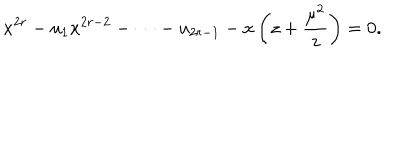
x ^ { 2 r } - u _ { 1 } x ^ { 2 r - 2 } - \cdots - u _ { 2 r - 1 } - x \left( z + { \frac { \mu ^ { 2 } } { z } } \right) = 0 .